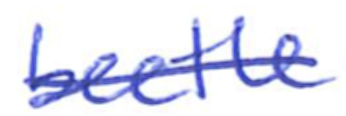
Text: beetle
Cross-out: single-line
Writing tool: ballpoint